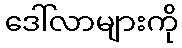
ဒေါ်လာများကို